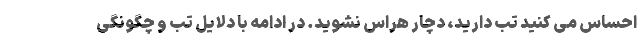
احساس می کنید تب دارید، دچار هراس نشوید. در ادامه با دلایل تب و چگونگی